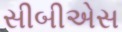
સીબીએસ